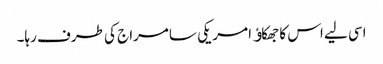
اسی لیے اس کا جھکاﺅ امریکی سامراج کی طرف رہا۔